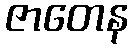
ဇာတေန